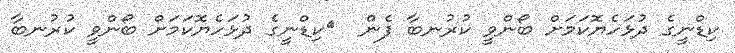
ކިޑްނީގެ ދުޅަހެޔޮކަމަށް ބޯންވީ ކުރުނބާ ފެން  	ކިޑްނީގެ ދުޅަހެޔޮކަމަށް ބޯންވީ ކުރުނބާ